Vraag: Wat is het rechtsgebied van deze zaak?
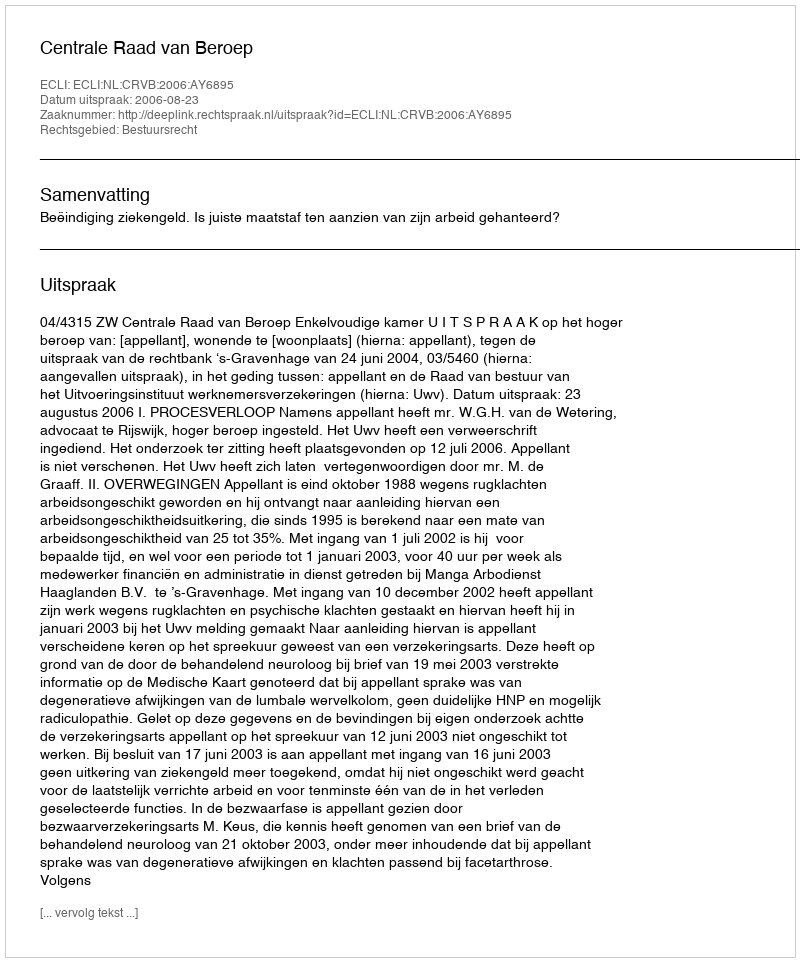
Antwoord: Bestuursrecht